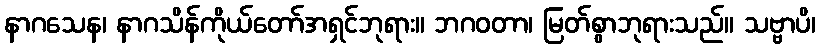
နာဂသေန၊ နာဂသိန်ကိုယ်တော်အရှင်ဘုရား။ ဘဂဝတာ၊ မြတ်စွာဘုရားသည်။ သဗ္ဗာပိ၊